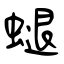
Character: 螁